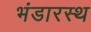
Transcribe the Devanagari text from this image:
भंडारस्थ